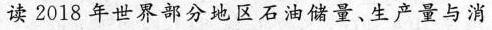
读2018年世界部分地区石油储量、生产量与消